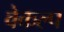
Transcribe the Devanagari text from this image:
वेकल्प